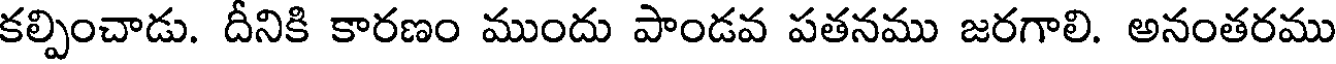
కల్పించాడు. దీనికి కారణం ముందు పాండవ పతనము జరగాలి. అనంతరము